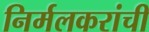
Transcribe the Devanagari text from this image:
निर्मलकरांची